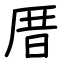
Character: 厝